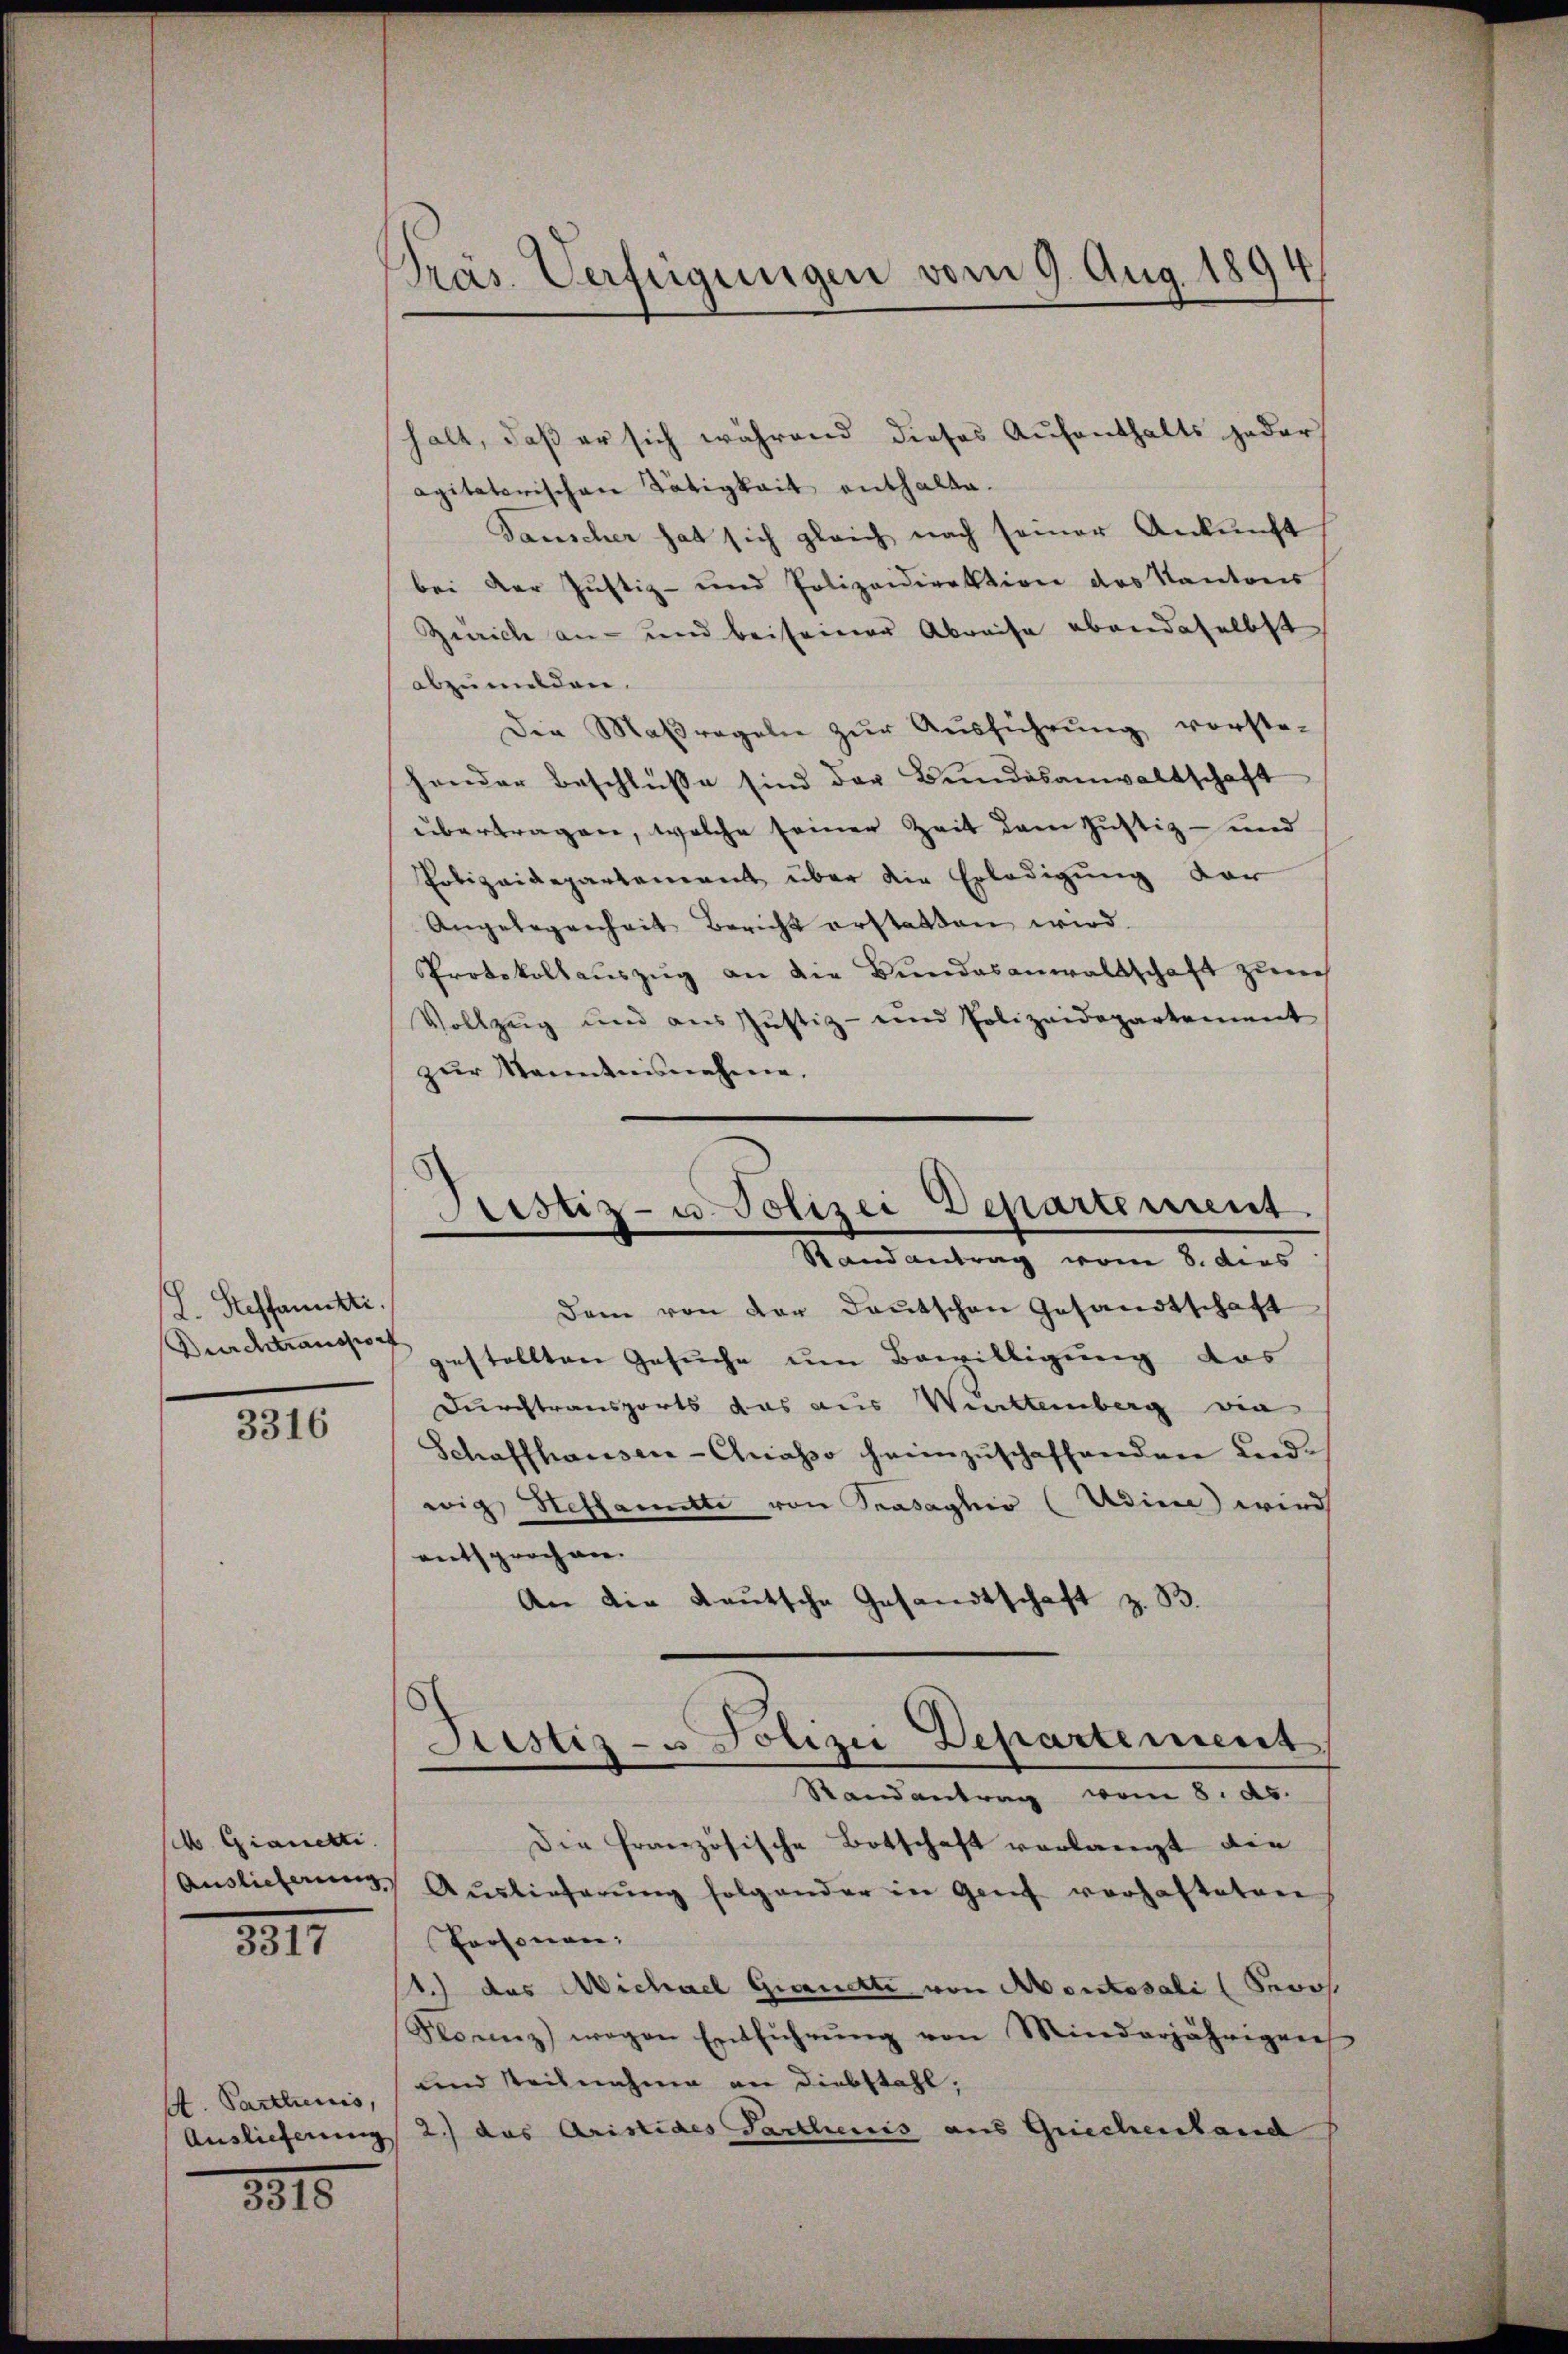
Steffamntti.

3316

M. Gianett.
Auslieferung

1817

M. Parthienis,
Auslieferung

1815

Präs. Verfügungen vom 9. Aug. 1894

halt, daß er sich während dieses Aufenthalts jeder
agitaterischen Tätigkeit enthalte.
Tauscher hat sich gleich nach seiner Ankunft
bei der Justiz- und Polizeidirektion des Kantons
Zürich an- und bei seiner Abreise ebendaselbst
abzumilden.
Die Maßregeln zŭr Aŭsführŭng vorste-
hender Beschlüsse sind der Bundesanwaltschaft
übertragen, welche seiner Zeit dem Justiz- und
Polizeidepartement über die Erledigung der
Angelegenheit Bericht erstatten wird.
Protokollauszug an die Bundesanwaltschaft zurch
Vollzeig und aus Justiz- und Polizeidepartement
zur Kenntnisnehme.
Dem von der Deutschen Gesandtschaft
Durchtrand gestellten Gesŭche um Bewilligung das
Durchtransports das aus Württemberg wie
Schaffhausen-Chiasso heimzŭschaffenden Liedwig Steffamntte von Trasaghio (Adine) wird
entsprochnee.
An die Reutsche Gesandtschaft z. B.
Justiz- u Polizei Departement
Randantrag vom 8. ds.
Die französische Botschaft verlangt die
Aŭslieferŭng folgender in Genf vorhafteten
Personen:
1.) das Michael Grauette von Mortosali (Proos
Nonz) wegen Entführŭng von Minderjährigen
und Teilnahme an Diebstahl,
2.) das Aristides Parthenis aus Griechenland

Fristiz- u. Polizei Departement
Randantrag vom 8. dies